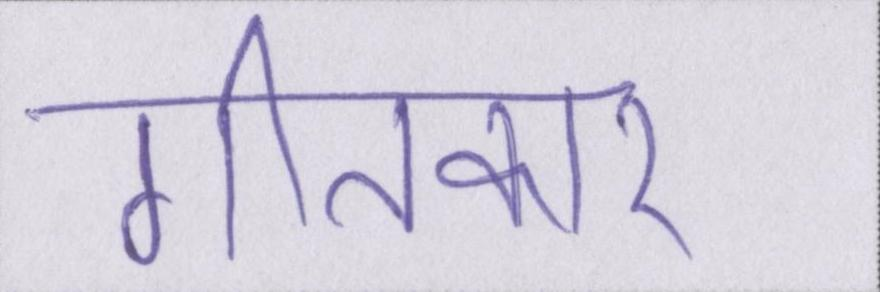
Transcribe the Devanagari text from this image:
गीतकार